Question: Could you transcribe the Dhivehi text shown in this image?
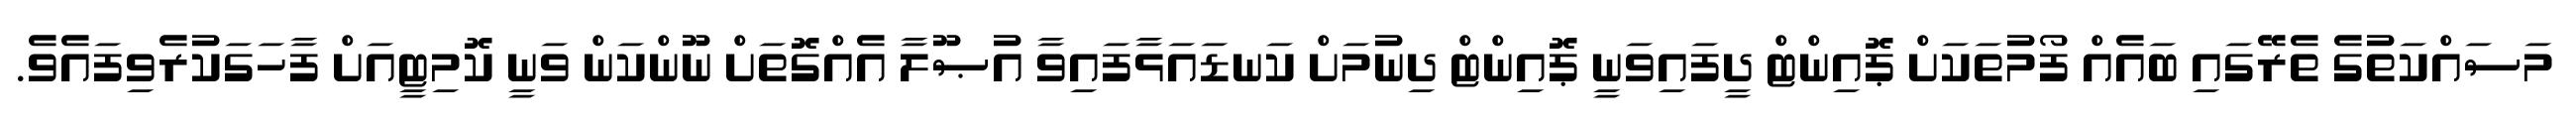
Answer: މަސައްކަތުގެ ތެރޭގައި ބައެއް ފޯމުތަކަށް ޕޮއިންޓް ދީފައިވަނީ ޕޮއިންޓް ދިނުމަށް ކަނޑައަޅާފައިވާ އުޞޫލާ އެއްގޮތަށް ނޫންކަން ވަނީ ކޮމިޓީއަށް ފާހަގަކުރެވިފައެވެ.